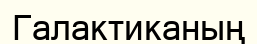
Галактиканың